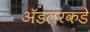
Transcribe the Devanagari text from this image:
ॲडलरकडे